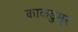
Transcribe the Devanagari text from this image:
काकडुमुर